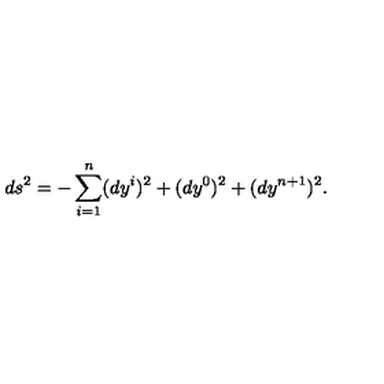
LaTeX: d s ^ { 2 } = - \sum _ { i = 1 } ^ { n } ( d y ^ { i } ) ^ { 2 } + ( d y ^ { 0 } ) ^ { 2 } + ( d y ^ { n + 1 } ) ^ { 2 } .